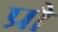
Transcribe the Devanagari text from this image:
प्रौं